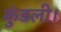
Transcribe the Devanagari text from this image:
कुंडली।